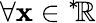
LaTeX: \forall\mathbf{x}\in{^{*}\! \mathbb{{R}}}